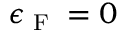
\epsilon _ { \textrm { F } } = 0